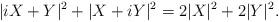
LaTeX: \begin{align*} |iX+Y|^2+|X+iY|^2=2|X|^2+2|Y|^2.\end{align*}